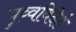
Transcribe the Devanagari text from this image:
पुव्वविदेहं